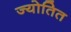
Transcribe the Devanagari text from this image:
ज्योतित